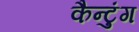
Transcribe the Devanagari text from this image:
कैन्टुंग